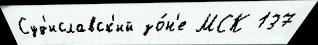
Суд'иславск'ий зо́н'е МСК 137